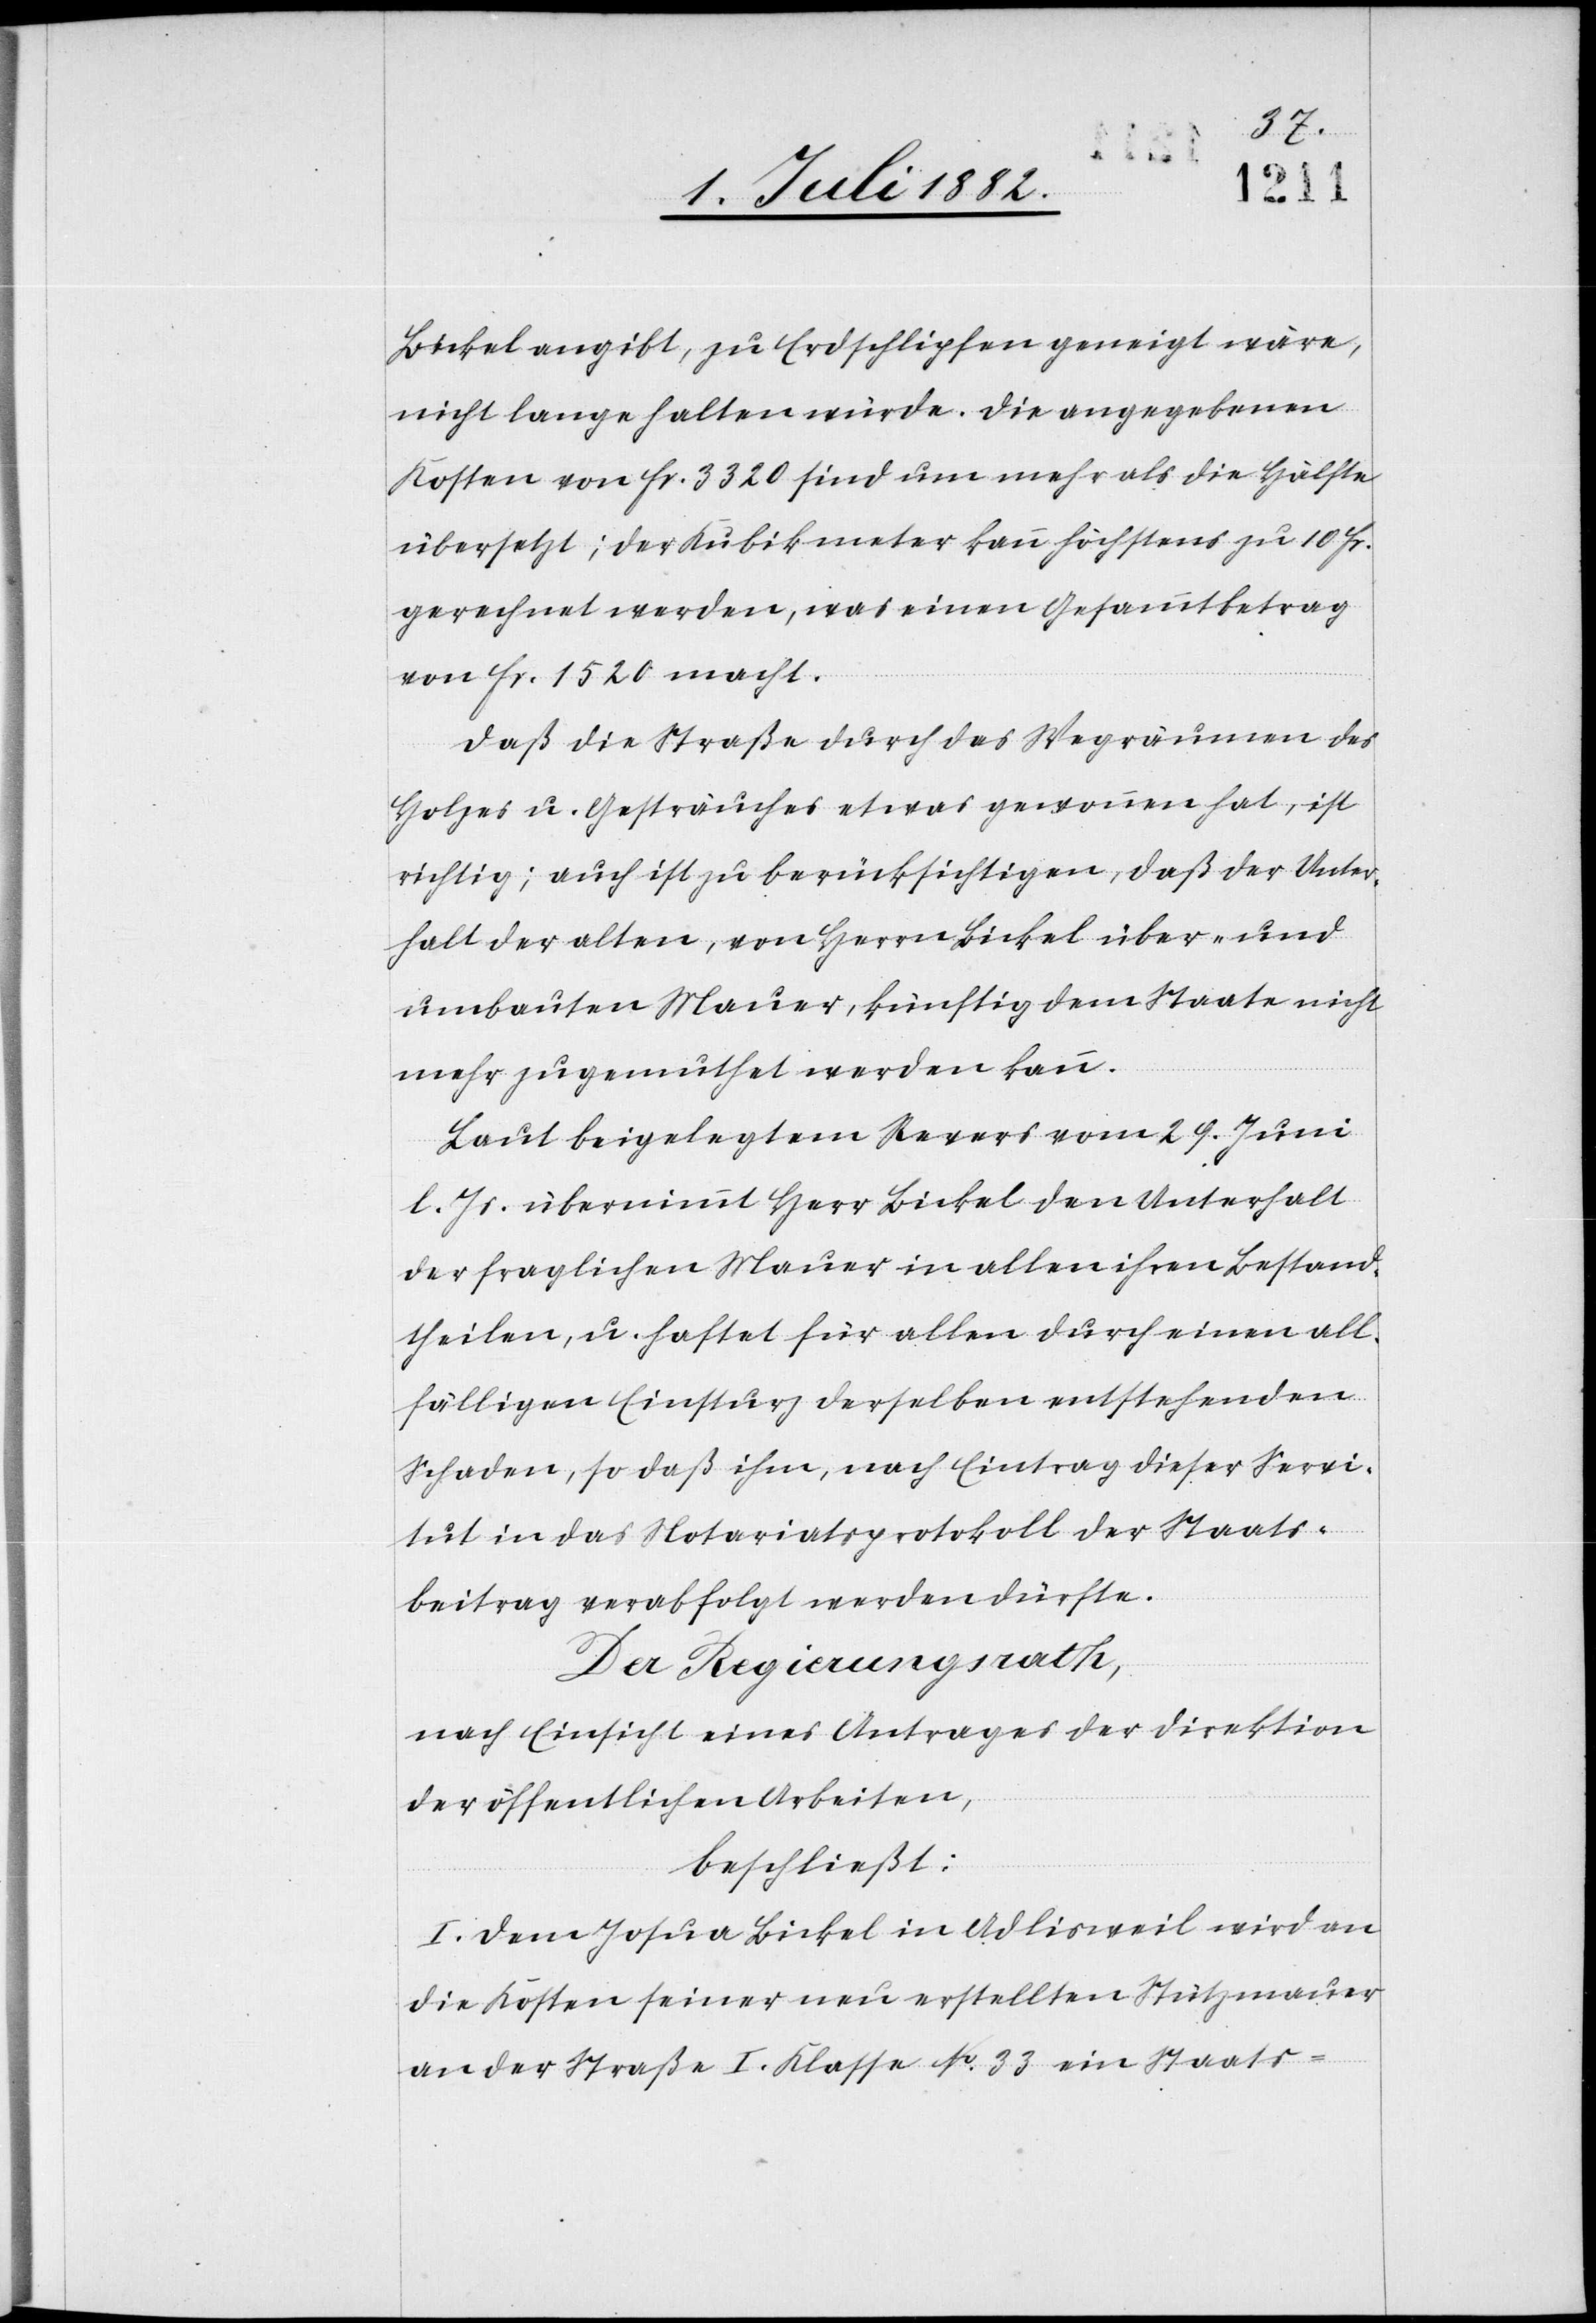
Bickel angibt, zu Erdschlipfen geneigt wäre,
nicht lange halten würde. Die angegebenen
Kosten von Fr. 3320 sind um mehr als die Hälfte
übersetzt; der Kubikmeter kann höchstens zu 10 Fr.
gerechnet werden, was einen Gesammtbetrag
von Fr. 1520 macht.
Daß die Straße durch das Wegräumen des
Holzes u. Gesträuches etwas gewonnen hat, ist
richtig; auch ist zu berücksichtigen, daß der Unter¬
halt der alten, von Herrn Bickel über- und
umbauten Mauer künftig dem Staate nicht
mehr zugemuthet werden kann.
Laut beigelegtem Revers vom 29. Juni
l. Js. übernimmt Herr Bickel den Unterhalt
der fraglichen Mauer in allen ihren Bestand¬
theilen, u. haftet für allen durch einen all¬
fälligen Einsturz derselben entstehenden
Schaden, so daß ihm, nach Eintrag dieser Servi¬
tut in das Notariatsprotokoll der Staats¬
beitrag verabfolgt werden dürfte.
Der Regierungsrath,
nach Einsicht eines Antrages der Direktion
der öffentlichen Arbeiten,
beschließt:
I. Dem Josua Bickel in Adlisweil wird an
die Kosten seiner neu erstellten Stützmauer
an der Straße I. Klasse No 33 ein Staats-